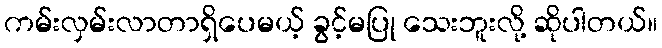
ကမ်းလှမ်းလာတာရှိပေမယ့် ခွင့်မပြု သေးဘူးလို့ ဆိုပါတယ်။